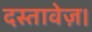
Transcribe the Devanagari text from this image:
दस्तावेज़।